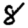
Digit: 8